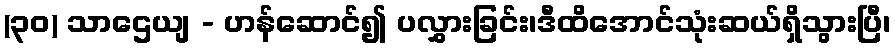
(၃၀) သာဌေယျ - ဟန်ဆောင်၍ ပလွှားခြင်း၊ဒီထိအောင်သုံးဆယ်ရှိသွားပြီ၊